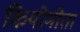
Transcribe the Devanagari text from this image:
कियोमोता